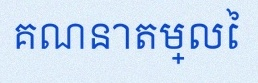
គណនាតម្លៃ